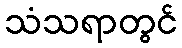
သံသရာတွင်